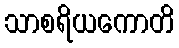
သာစရိယကောတိ